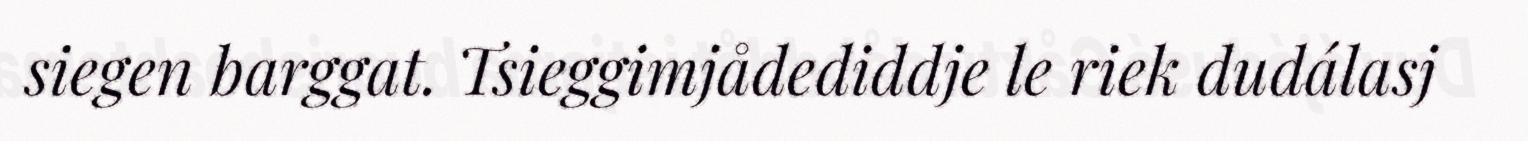
siegen barggat. Tsieggimjådediddje le riek dudálasj